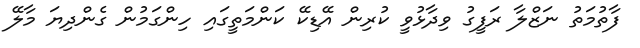
ފާތުމަތު ނަޒްލާ ރަފީގު ވިދާޅުވީ ކުރިން އޭޑިކޭ ކަންމަތީގައި ހިންގަމުން ގެންދިޔަ މާލޭ